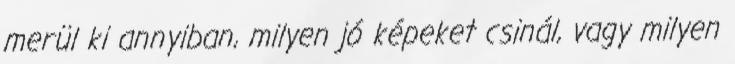
merül ki annyiban, milyen jó képeket csinál, vagy milyen